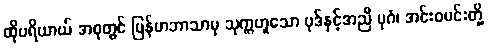
ထိုပရိယာယ် အစုတွင် မြန်မာဘာသာမှ သုက္ကဟူသော ပုဒ်နှင့်အညီ ပုဂံ၊ အင်းဝမင်းတို့